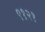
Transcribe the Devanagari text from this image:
९१२१